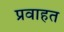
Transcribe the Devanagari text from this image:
प्रवाहत